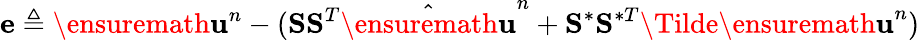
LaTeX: \mathbf{e}\triangleq\ensuremath{\mathbf{u}}^{n}-(\mathbf{S}\mathbf{S}^{T}\hat{\ensuremath{\mathbf{u}}}^{n}+\mathbf{S}^{\ast}\mathbf{S}^{\ast T}\Tilde{\ensuremath{\mathbf{u}}}^{n})